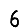
Digit: 6